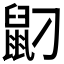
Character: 𪔸